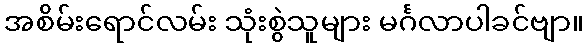
အစိမ်းရောင်လမ်း သုံးစွဲသူများ မင်္ဂလာပါခင်ဗျာ။